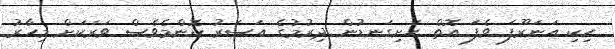
ހިކި އަނަރޫފަ ވެފަ އޮތް ހަށިގަނޑުން ދިރުމުގެ އަސަރު ކޮންމެވެސް ވަރަކަށް މިހާރު